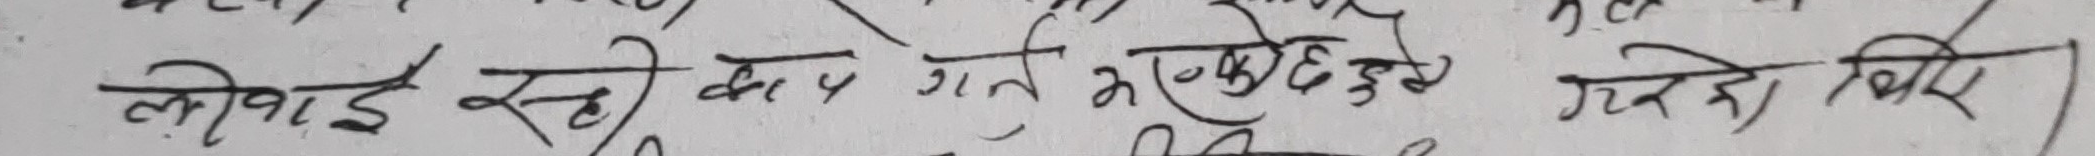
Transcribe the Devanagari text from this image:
लेखाई रखी काय गर्ने भएकोले त्यो लिए ।